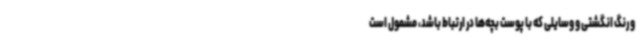
و رنگ انگشتی و وسایلی که با پوست بچه‌ها در ارتباط باشد، مشمول است